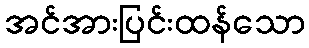
အင်အားပြင်းထန်သော